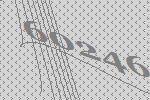
60246